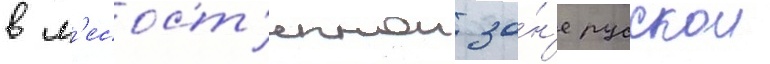
в л'есост'епнои зо́н'е русскои